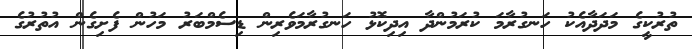
ތުރުކީގެ މަދަދާއެކު ހަނގުރާމަ ކުރަމުންދާ އިދިކޮޅު ހަނގުރާމަވެރިން ޑިސެމްބަރު މަހުން ފެށިގެން އުތުރުގެ